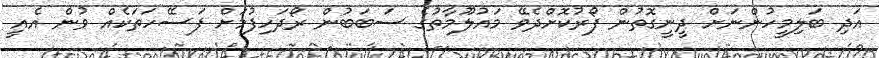
އަދި ބަލިމީހުންނަށް ދީނީގޮތުން ފޯރުކޮށްދެވޭ މައުލޫމާތުގެ ސަބަބުން ރޯދަހިފުމަށް ފަސޭހަތަކެއް ވުން އެއީ